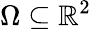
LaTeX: \Omega\subseteq\mathbb{R}^{2}